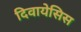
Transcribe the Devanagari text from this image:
दिवायेसिस